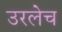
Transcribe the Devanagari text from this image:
उरलेच